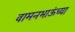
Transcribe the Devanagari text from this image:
वामनभाऊंच्या